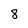
Character: 8